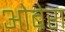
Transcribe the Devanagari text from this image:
ओब्रेरा